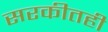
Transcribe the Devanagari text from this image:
सरकीतही